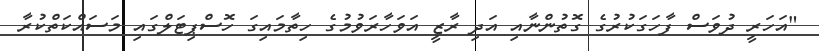
"އަހަރީ ދުވަސް ފާހަގަކުރުުގެ ގޮތުންނާއި އަދި ރާޒީ އަވަހާރަވުމުގެ ހިތާމައިގަ ހޮސްޕިޓަލްގައި މަސައްކަތްކުރާ